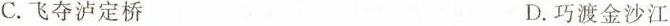
C.飞夺泸定桥 D.巧渡金沙江